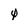
Character: 0